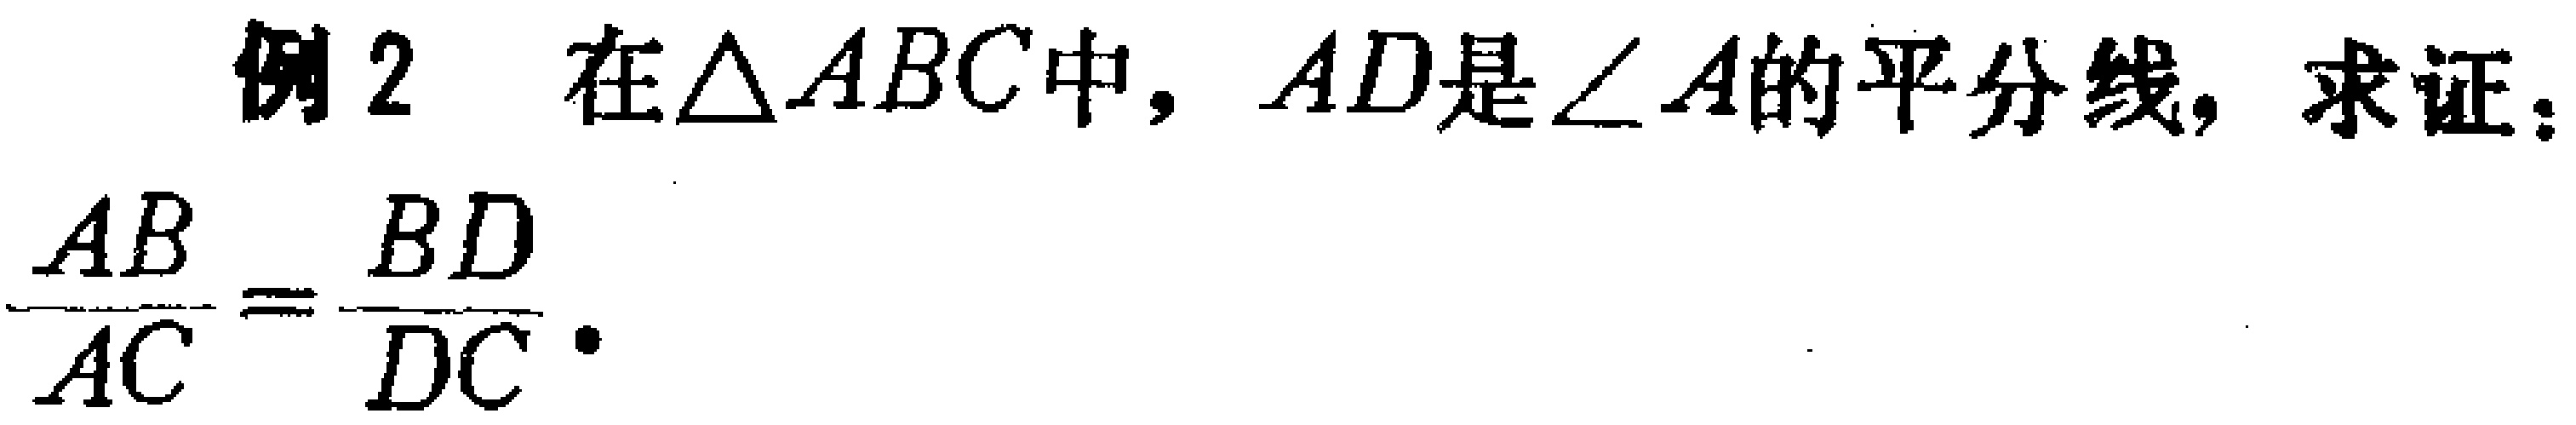
例2 在$\triangle ABC$中，$AD$是$\angle A$的平分线，求证：
$\frac{AB}{AC}=\frac{BD}{DC}.$